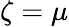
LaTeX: \zeta=\mu